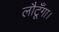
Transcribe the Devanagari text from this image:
लौटूँगा।